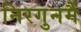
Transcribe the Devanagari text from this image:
निरगुनमैं